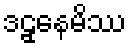
ဒဠှနေမိဿ